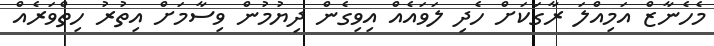
މެހެނާޒް އަމިއްލަ ރާގަކަށް ހެދި ލަވައެއް އިވިގެން ދިޔުމުން ވިސާމަށް އިތުރު ހިތްވަރެއް